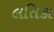
લતિકા